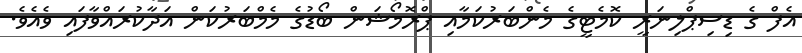
އެފް ގެ ޑިސިޕްލިނަރީ ކޮމެޓީގެ މެންބަރުކަމާއި ޕްރޮމޯޝަން ބޯޑުގެ މެމްބަރުކަން އަދާކުރައްވާފައި ވެއެވެ.